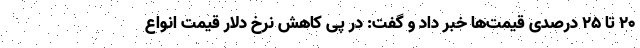
۲۰ تا ۲۵ درصدی قیمت‌ها خبر داد و گفت: در پی کاهش نرخ دلار قیمت‌ انواع